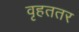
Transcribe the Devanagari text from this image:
वृहततर